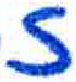
אות: ז